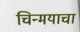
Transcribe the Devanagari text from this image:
चिन्मयाचा